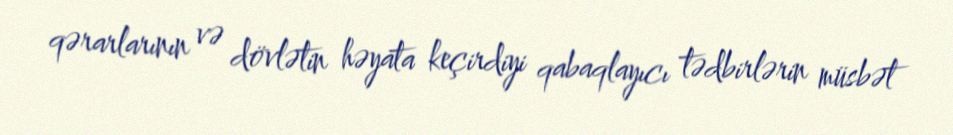
qərarlarının və dövlətin həyata keçirdiyi qabaqlayıcı tədbirlərin müsbət